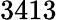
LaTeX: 3413